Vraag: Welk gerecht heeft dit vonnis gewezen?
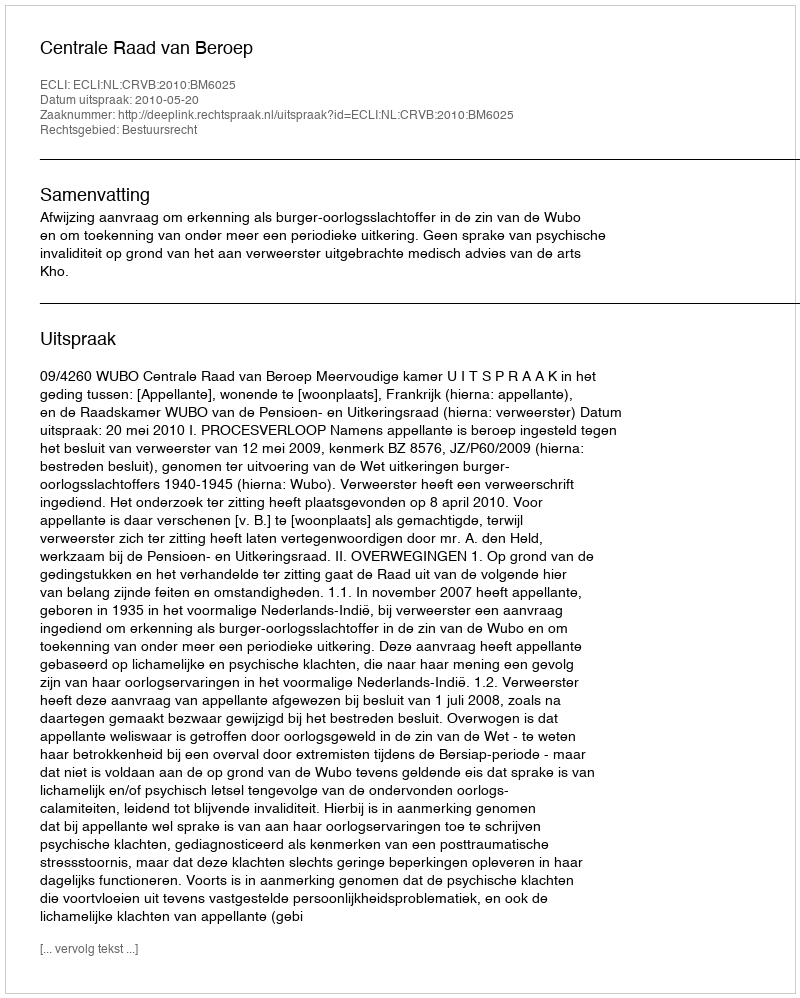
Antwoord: Centrale Raad van Beroep